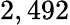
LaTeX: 2,492